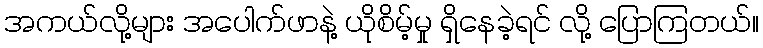
အကယ်လို့များ အပေါက်ဖာနဲ့ ယိုစိမ့်မှု ရှိနေခဲ့ရင် လို့ ပြောကြတယ်။